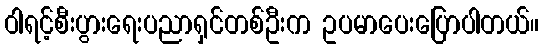
ဝါရင့်စီးပွားရေးပညာရှင်တစ်ဦးက ဥပမာပေးပြောပါတယ်။